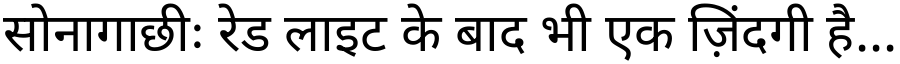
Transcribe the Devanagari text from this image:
सोनागाछीः रेड लाइट के बाद भी एक ज़िंदगी है...